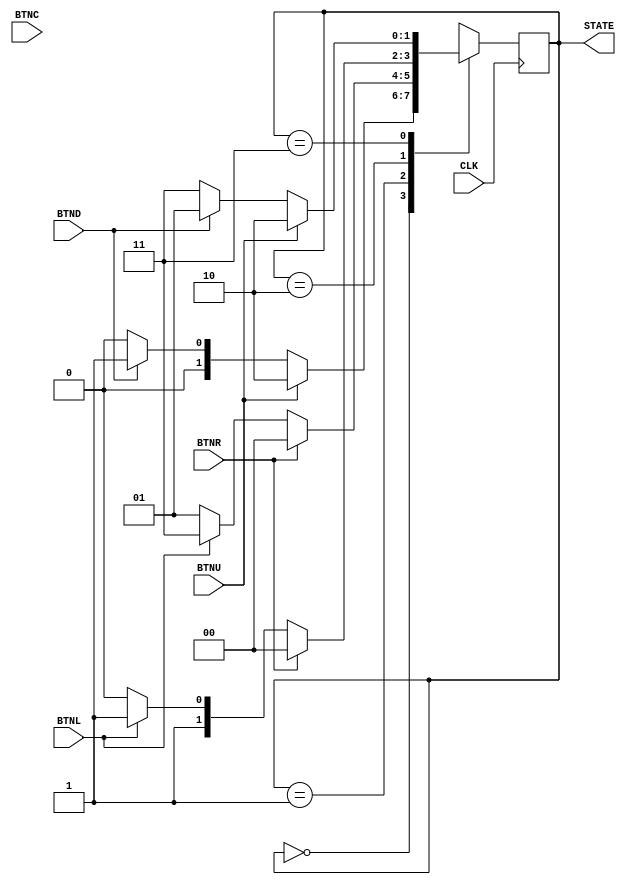
`timescale 1ns / 1ps
//////////////////////////////////////////////////////////////////////////////////
// Company: 
// Engineer: 
// 
// Design Name: 
// Module Name: Master_State_Machine
// Project Name: 
// Target Devices: 
// Tool Versions: 
// Description: 
// 
// Dependencies: 
// 
// Revision:
// Revision 0.01 - File Created
// Additional Comments:
// 
//////////////////////////////////////////////////////////////////////////////////


module Navigation_State_Machine(
        input CLK,
        input BTNU,
        input BTND,
        input BTNL,
        input BTNR,
        input BTNC,
        output [1:0] STATE
    );
    
    reg [1:0] state_snake;
    reg [1:0] next_snake;
    assign STATE = state_snake;

        
    always @(BTNL or BTNR or BTNU or BTND) begin
        case(state_snake)
            2'd0: begin
                if (BTNU)
                    next_snake <= 2'd2;
                else if (BTND)
                    next_snake <= 2'd1;
                else
                    next_snake <= 2'd0;
            end
            
            2'd1: begin
                if (BTNR)
                    next_snake <= 2'd0;
                else if (BTNL)
                    next_snake <= 2'd3;
                else
                    next_snake <= 2'd1;
            end
            
            2'd2: begin
                if (BTNR)
                    next_snake <= 2'd0;
                else if (BTNL)
                    next_snake <= 2'd3;
                else
                    next_snake <= 2'd2;
            end
            
            2'd3: begin
                if (BTNU)
                    next_snake <= 2'd2;
                else if (BTND)
                    next_snake <= 2'd1;
                else
                    next_snake <= 2'd3;
            end
        
        endcase
    end
    
    always@(posedge CLK) begin
        state_snake <= next_snake;
    end
    
endmodule